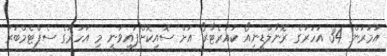
އުމުރުން 34 އަހަރުގެ ރޮނާލްޑީނިއޯ ކުއަރެޓާރޯ އަށް ސޮއިކޮށްފައިވަނީ މި އަހަރުގެ ސެޕްޓެމްބަރު